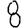
Digit: 8